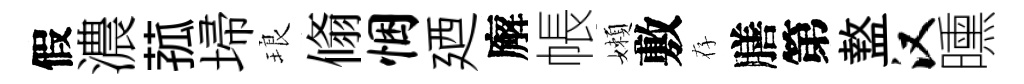
假濃菰埽琅翛悃廼廨帳嬾敷存膳第盩汉曛